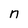
Character: n